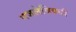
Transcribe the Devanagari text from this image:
गजलेविषयी